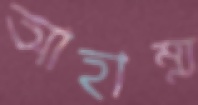
আহাম্ম